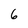
Character: 6